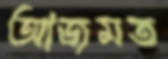
আজমত